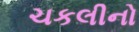
ચકલીનો